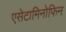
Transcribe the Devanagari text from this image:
एसेटामिनोफिन